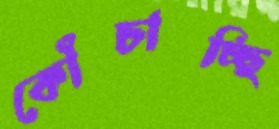
কোঁচাচ্ছি